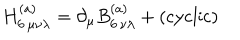
H _ { 6 \, \mu \nu \lambda } ^ { ( a ) } = \partial _ { \mu } B _ { 6 \, \nu \lambda } ^ { ( a ) } + ( \mathrm { c y c l i c } )